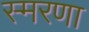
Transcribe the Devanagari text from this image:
स्मरणा